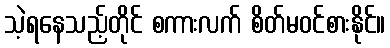
သဲ့ရနေသည့်တိုင် စကားလက် စိတ်မဝင်စားနိုင်။